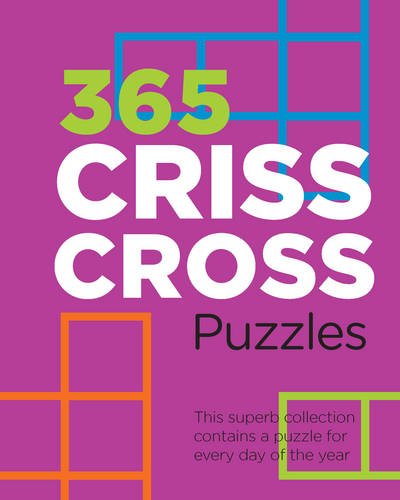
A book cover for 365 Criss-Cross Puzzles; Humor & Entertainment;